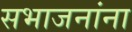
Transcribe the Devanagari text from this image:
सभाजनांना